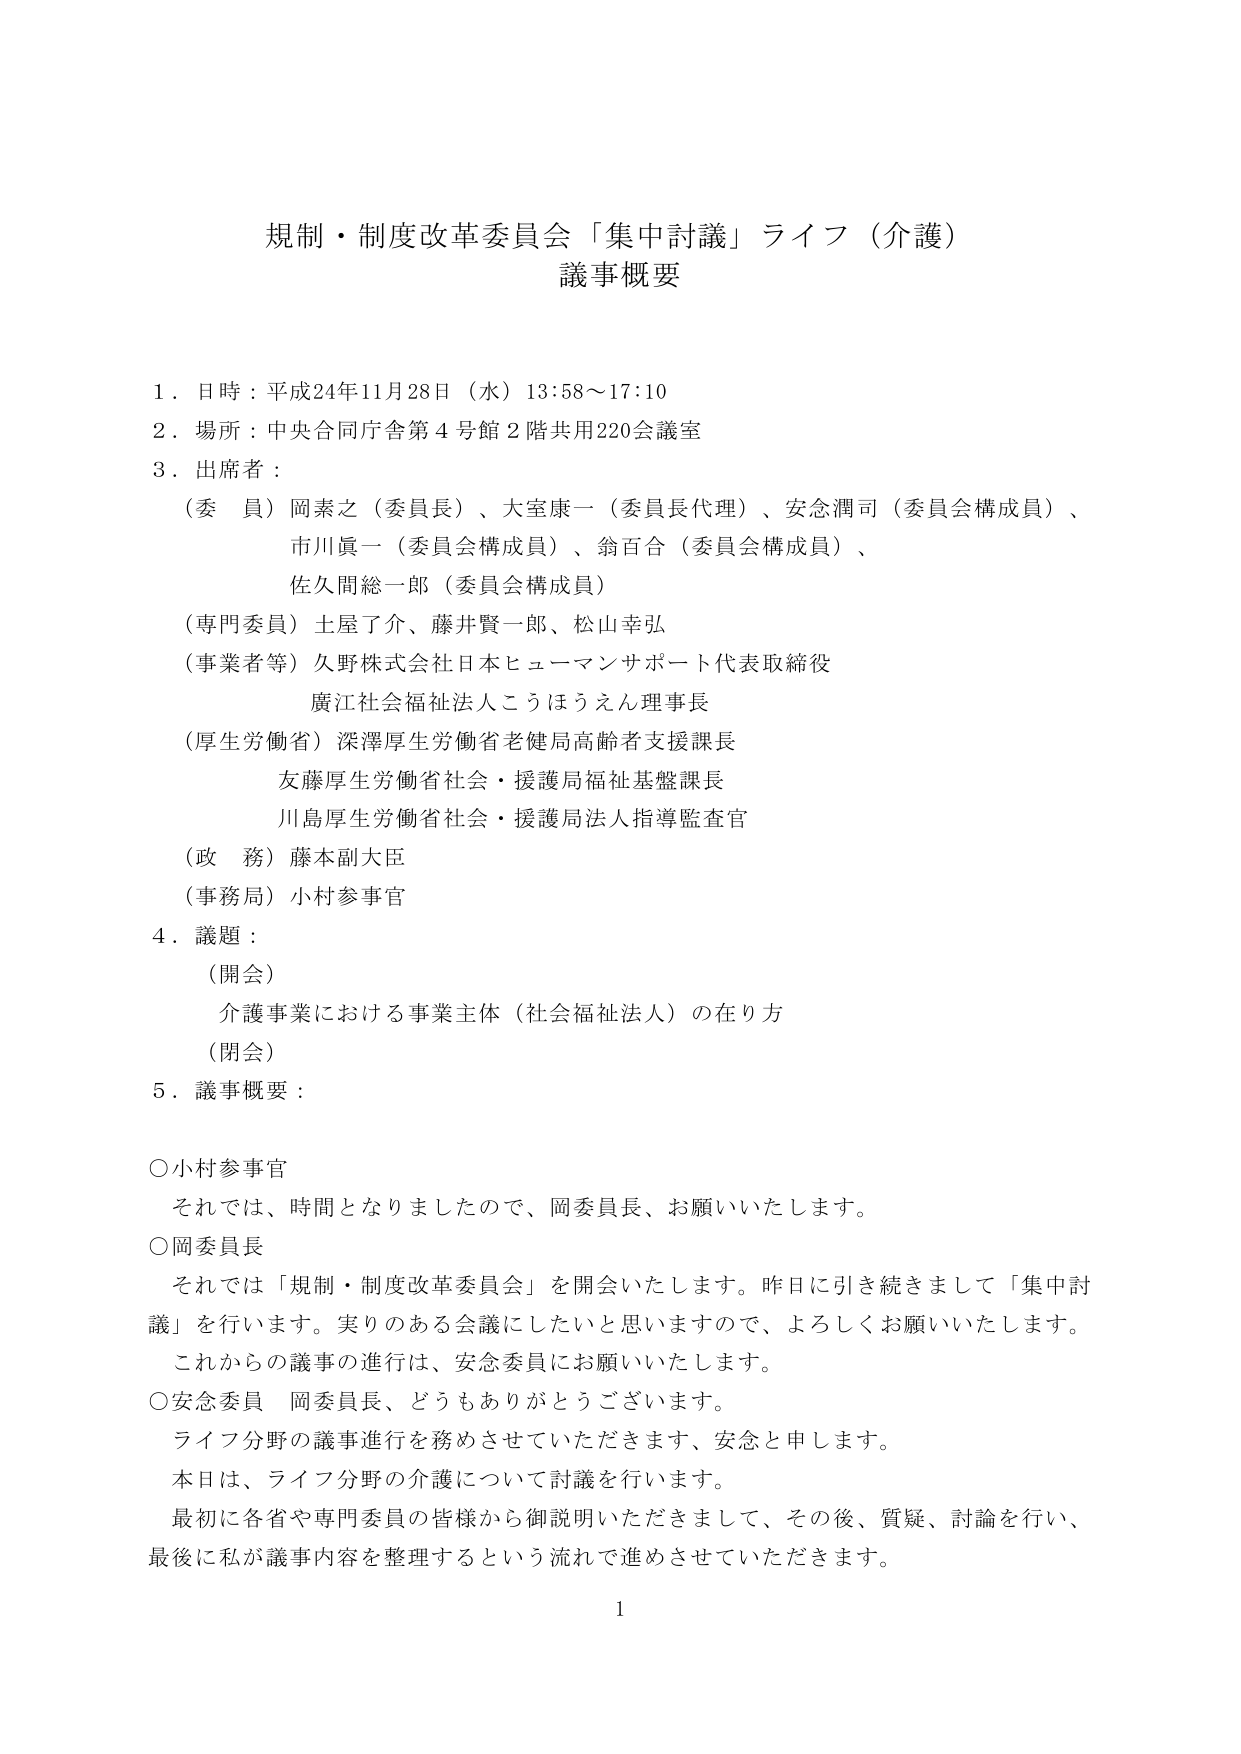
規制・制度改革委員会「集中討議」ライフ（介護）
議事概要

１．日時：平成24年11月28日（水）13:58～17:10
２．場所：中央合同庁舎第4号館2階共用220会議室
３．出席者：
　（委員）岡素一（委員長）、大室康一（委員長代理）、安念潤司（委員会構成員）、
　　　　　市川眞一（委員会構成員）、翁百合（委員会構成員）、
　　　　　佐久間総一郎（委員会構成員）
　（専門委員）土屋了介、藤井賢一郎、松山幸弘
　（事業者等）久野株式会社日本ヒューマンサポート代表取締役
　　　　　　廣江社会福祉法人こうほうえん理事長
　（厚生労働省）深澤厚生労働省老健局高齢者支援課長
　　　　　　友藤厚生労働省社会・援護局福祉基盤課長
　　　　　　川島厚生労働省社会・援護局法人指導監査官
　（政務）藤本副大臣
　（事務局）小村参事官
４．議題：
　（開会）
　　介護事業における事業主体（社会福祉法人）の在り方
　（閉会）
５．議事概要：

○小村参事官
　それでは、時間となりましたので、岡委員長、お願いいたします。
○岡委員長
　それでは「規制・制度改革委員会」を開会いたします。昨日に引き続きまして「集中討議」を行います。実りのある会議にしたいと思いますので、よろしくお願いいたします。
　これからの議事の進行は、安念委員にお願いいたします。
○安念委員　岡委員長、どうもありがとうございます。
　ライフ分野の議事進行を務めさせていただきます、安念と申します。
　本日は、ライフ分野の介護について討議を行います。
　最初に各省や専門委員の皆様から御説明いただきますして、その後、質疑、討論を行い、
　最後に私が議事内容を整理するという流れで進めさせていただきます。

1